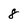
Character: 8